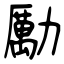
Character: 勵